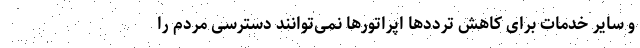
و سایر خدمات برای کاهش ترددها اپراتورها نمی‌توانند دسترسی مردم را